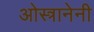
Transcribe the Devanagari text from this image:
ओस्त्रानेनी